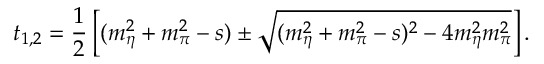
t _ { 1 , 2 } = { \frac { 1 } { 2 } } \left[ ( m _ { \eta } ^ { 2 } + m _ { \pi } ^ { 2 } - s ) \pm \sqrt { ( m _ { \eta } ^ { 2 } + m _ { \pi } ^ { 2 } - s ) ^ { 2 } - 4 m _ { \eta } ^ { 2 } m _ { \pi } ^ { 2 } } \right] .